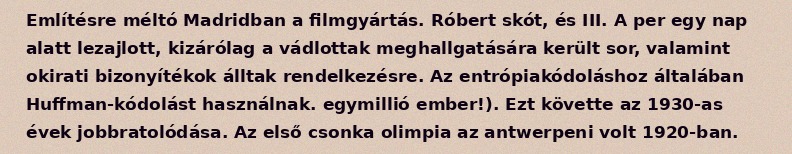
Említésre méltó Madridban a filmgyártás. Róbert skót, és III. A per egy nap alatt lezajlott, kizárólag a vádlottak meghallgatására került sor, valamint okirati bizonyítékok álltak rendelkezésre. Az entrópiakódoláshoz általában Huffman-kódolást használnak. egymillió ember!). Ezt követte az 1930-as évek jobbratolódása. Az első csonka olimpia az antwerpeni volt 1920-ban.